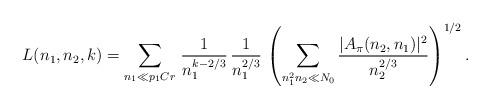
LaTeX: \begin{align*}L(n_1,n_2,k) = \sum_{n_1 \ll p_1Cr}\, \frac{1}{n^{k-2/3}_1}\,\frac{1}{n^{2/3}_1}\, \left(\sum_{n^2_1n_{2}\ll N_0} \frac{|A_{\pi}(n_{2},n_{1})|^2}{n_2^{2/3}} \right)^{1/2}. \end{align*}